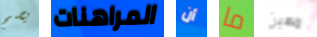
يصح المراهنات أن ما مهين